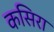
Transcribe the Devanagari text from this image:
कसिरा